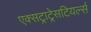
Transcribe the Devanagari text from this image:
एक्सट्राट्रेसटियर्ल्स